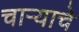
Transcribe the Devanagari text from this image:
चाऱ्याचे